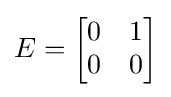
E={\begin{bmatrix}0&1\\0&0\end{bmatrix}}